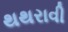
થથરાવી